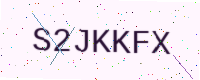
Text: S2JKKFX